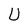
Character: U